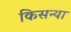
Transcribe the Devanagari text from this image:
किसन्या